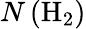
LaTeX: N\left(\mathrm{H}_{2}\right)